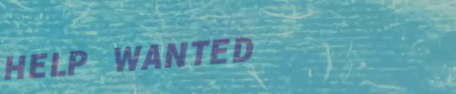
HELP WANTED